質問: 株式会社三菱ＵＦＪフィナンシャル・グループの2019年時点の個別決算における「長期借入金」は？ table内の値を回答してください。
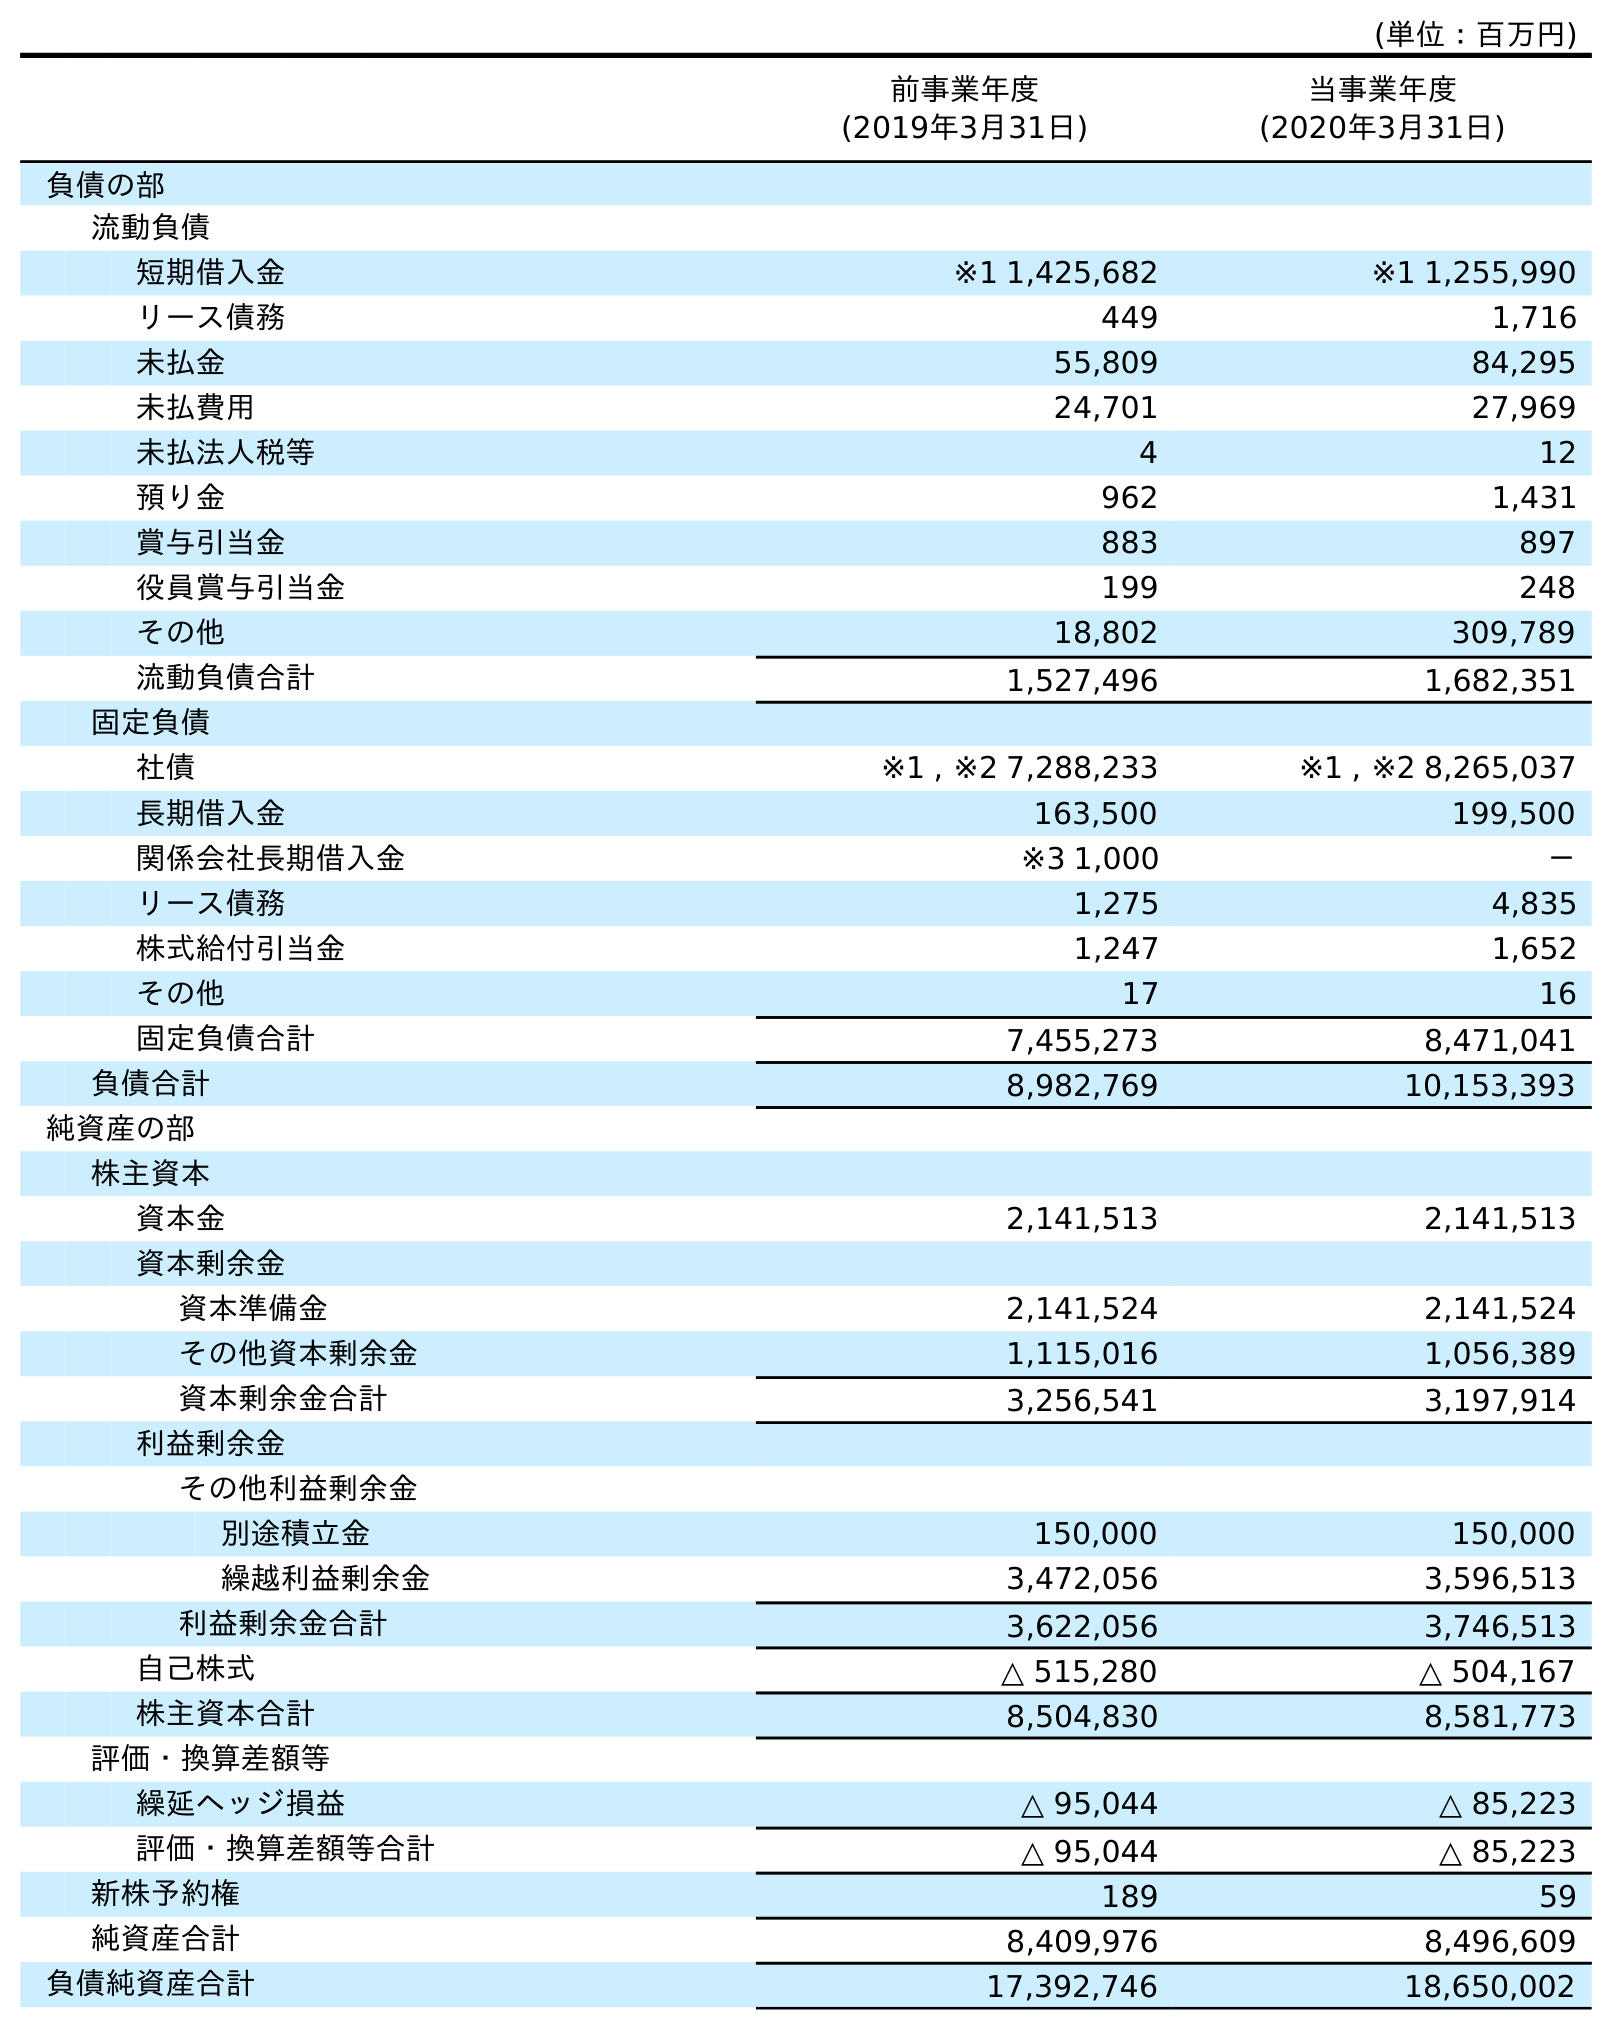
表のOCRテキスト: (単位：百万円) 前事業年度 (2019年3月31日) 当事業年度 (2020年3月31日) 負債の部 流動負債 短期借入金 ※1 1,425,682 ※1 1,255,990 リース債務 449 1,716 未払金 55,809 84,295 未払費用 24,701 27,969 未払法人税等 4 12 預り金 962 1,431 賞与引当金 883 897 役員賞与引当金 199 248 その他 18,802 309,789 流動負債合計 1,527,496 1,682,351 固定負債 社債 ※1 , ※2 7,288,233 ※1 , ※2 8,265,037 長期借入金 163,500 199,500 関係会社長期借入金 ※3 1,000 － リース債務 1,275 4,835 株式給付引当金 1,247 1,652 その他 17 16 固定負債合計 7,455,273 8,471,041 負債合計 8,982,769 10,153,393 純資産の部 株主資本 資本金 2,141,513 2,141,513 資本剰余金 資本準備金 2,141,524 2,141,524 その他資本剰余金 1,115,016 1,056,389 資本剰余金合計 3,256,541 3,197,914 利益剰余金 その他利益剰余金 別途積立金 150,000 150,000 繰越利益剰余金 3,472,056 3,596,513 利益剰余金合計 3,622,056 3,746,513 自己株式 △ 515,280 △ 504,167 株主資本合計 8,504,830 8,581,773 評価・換算差額等 繰延ヘッジ損益 △ 95,044 △ 85,223 評価・換算差額等合計 △ 95,044 △ 85,223 新株予約権 189 59 純資産合計 8,409,976 8,496,609 負債純資産合計 17,392,746 18,650,002
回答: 163,500